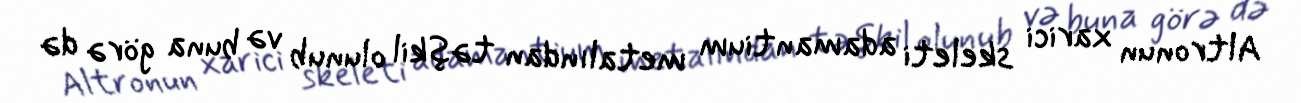
Altronun xarici skeleti adamantium metalından təşkil olunub və buna görə də